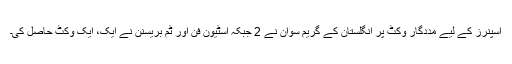
اسپنرز کے لیے مددگار وکٹ پر انگلستان کے گریم سوان نے 2 جبکہ اسٹیون فن اور ٹم بریسنن نے ایک، ایک وکٹ حاصل کی۔